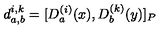
d _ { a , b } ^ { i , k } = [ D _ { a } ^ { ( i ) } ( x ) , D _ { b } ^ { ( k ) } ( y ) ] _ { P }